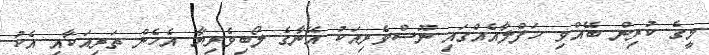
މީގެ ކުރިން ބޭއްވި ހަފްލާއެއްގައި ނޫސްވެރިއަކު އޭނާގެ ލޯބިވެރިޔާ އެހެން ތަރިއަކާއި އެކު